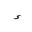
Letter: _hamza